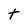
Character: t